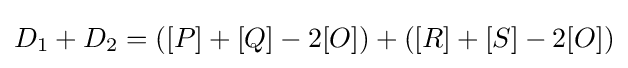
D_{1}+D_{2}=([P]+[Q]-2[O])+([R]+[S]-2[O])